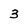
Character: 3